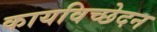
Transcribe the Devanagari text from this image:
कायविच्छेदन